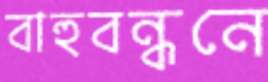
বাহুবন্ধনে